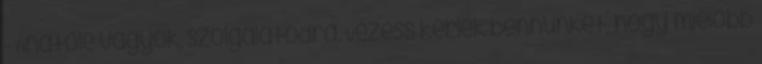
- Anatole vagyok, szolgálatodra. Vezess kérlek bennünket, hogy mielőbb